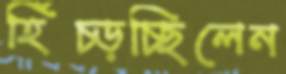
হিঁচ্‌ড়চ্ছিলেন